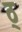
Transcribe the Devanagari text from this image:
ठ्‌